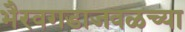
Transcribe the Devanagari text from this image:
भैरवगडाजवळच्या